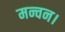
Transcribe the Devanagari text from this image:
मन्चन।